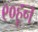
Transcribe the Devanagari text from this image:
९०हून